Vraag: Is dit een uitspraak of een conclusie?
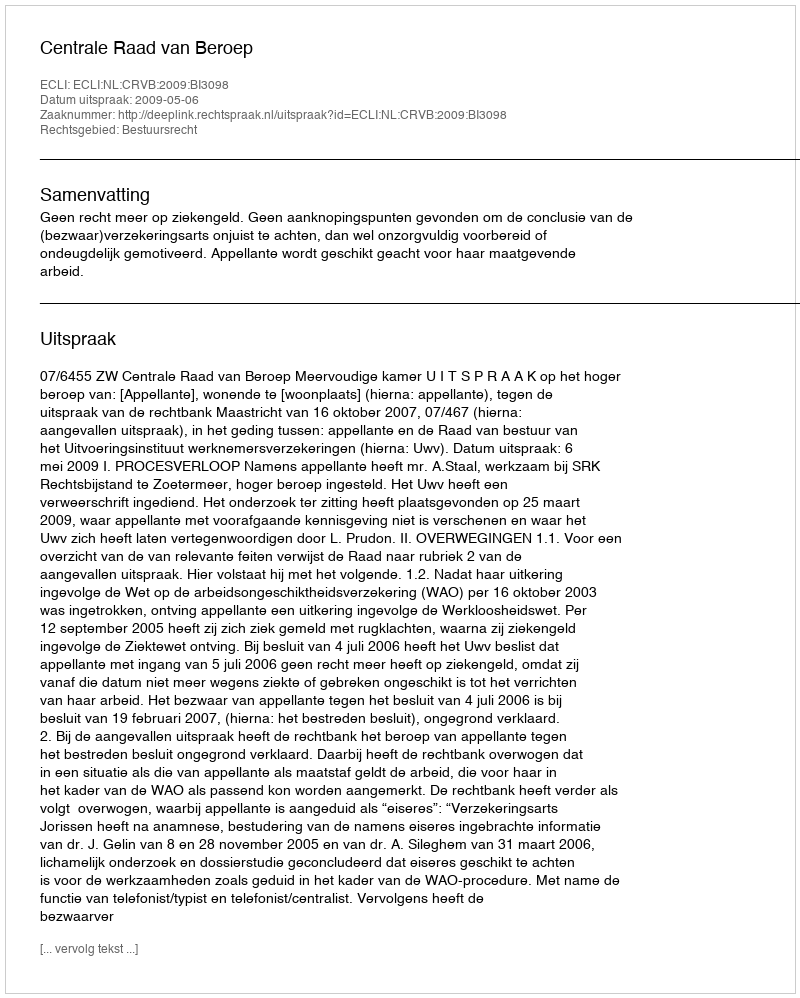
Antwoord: Uitspraak